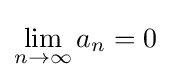
\lim _{n\rightarrow \infty }a_{n}=0